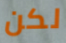
لكن